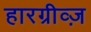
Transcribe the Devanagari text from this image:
हारग्रीव्ज़